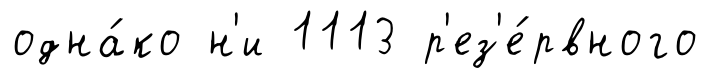
одна́ко н'и 1113 р'ез'е́рвного